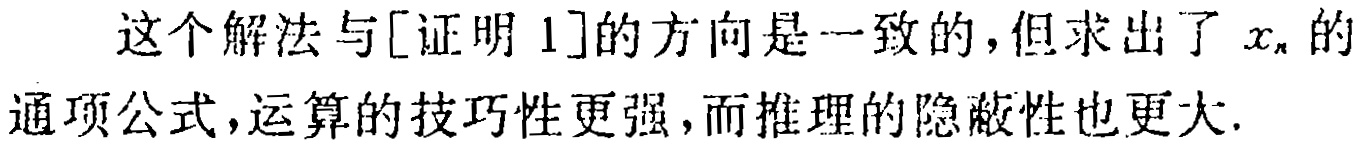
这个解法与[证明 1]的方向是一致的，但求出了 \(x_{n}\) 的通项公式，运算的技巧性更强，而推理的隐蔽性也更大.